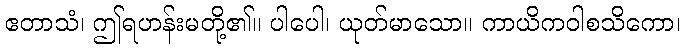
ဧတာသံ၊ ဤရဟန်းမတို့၏။ ပါပေါ၊ ယုတ်မာသော။ ကာယိကဝါစသိကော၊